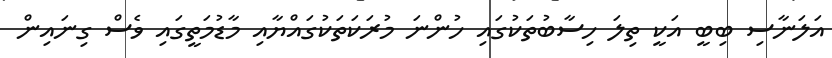
އަލަނާސި ބިބީ އަކީ ތިލަ ހިސާބުތަކުގައި ހުންނަ މުރަކަތަކުގައްޔާއި މާޑުމަތީގައި ވެސް ގިނައިން